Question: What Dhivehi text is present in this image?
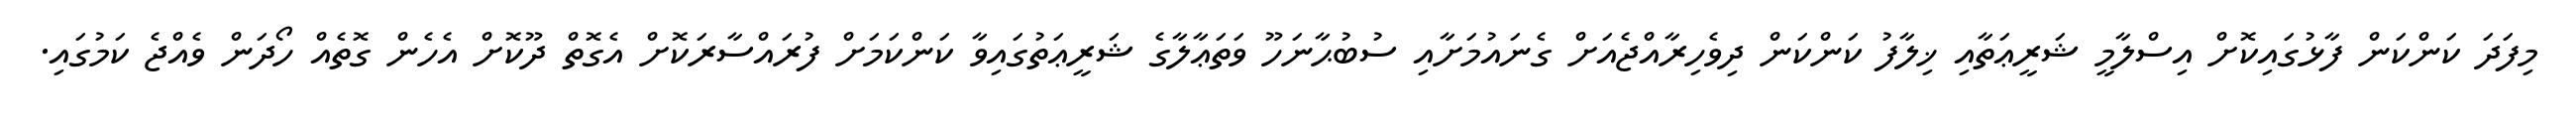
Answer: މިފަދަ ކަންކަން ފާޅުގައިކޮށް އިސްލާމީ ޝަރީޢަތާއި ޚިލާފު ކަންކަން ދިވެހިރާއްޖެއަށް ގެނައުމަށާއި ސުބުޙާނަހޫ ވަތަޢާލާގެ ޝަރީޢަތުގައިވާ ކަންކަމަށް ފުރައްސާރަކޮށް އެގޮތް ދޫކޮށް އެހެން ގޮތެއް ހޯދަން ވެއްޖެ ކަމުގައި.